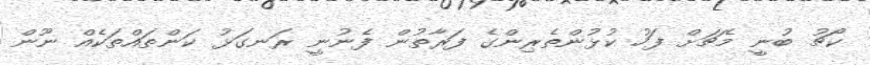
ކޯޗު ބުނީ މެޗަށް ފަހު ކުޅުންތެރިންގެ ފަރާތުން ފެނުނީ ރަނގަޅު ކަންތައްތަކެއް ނޫން